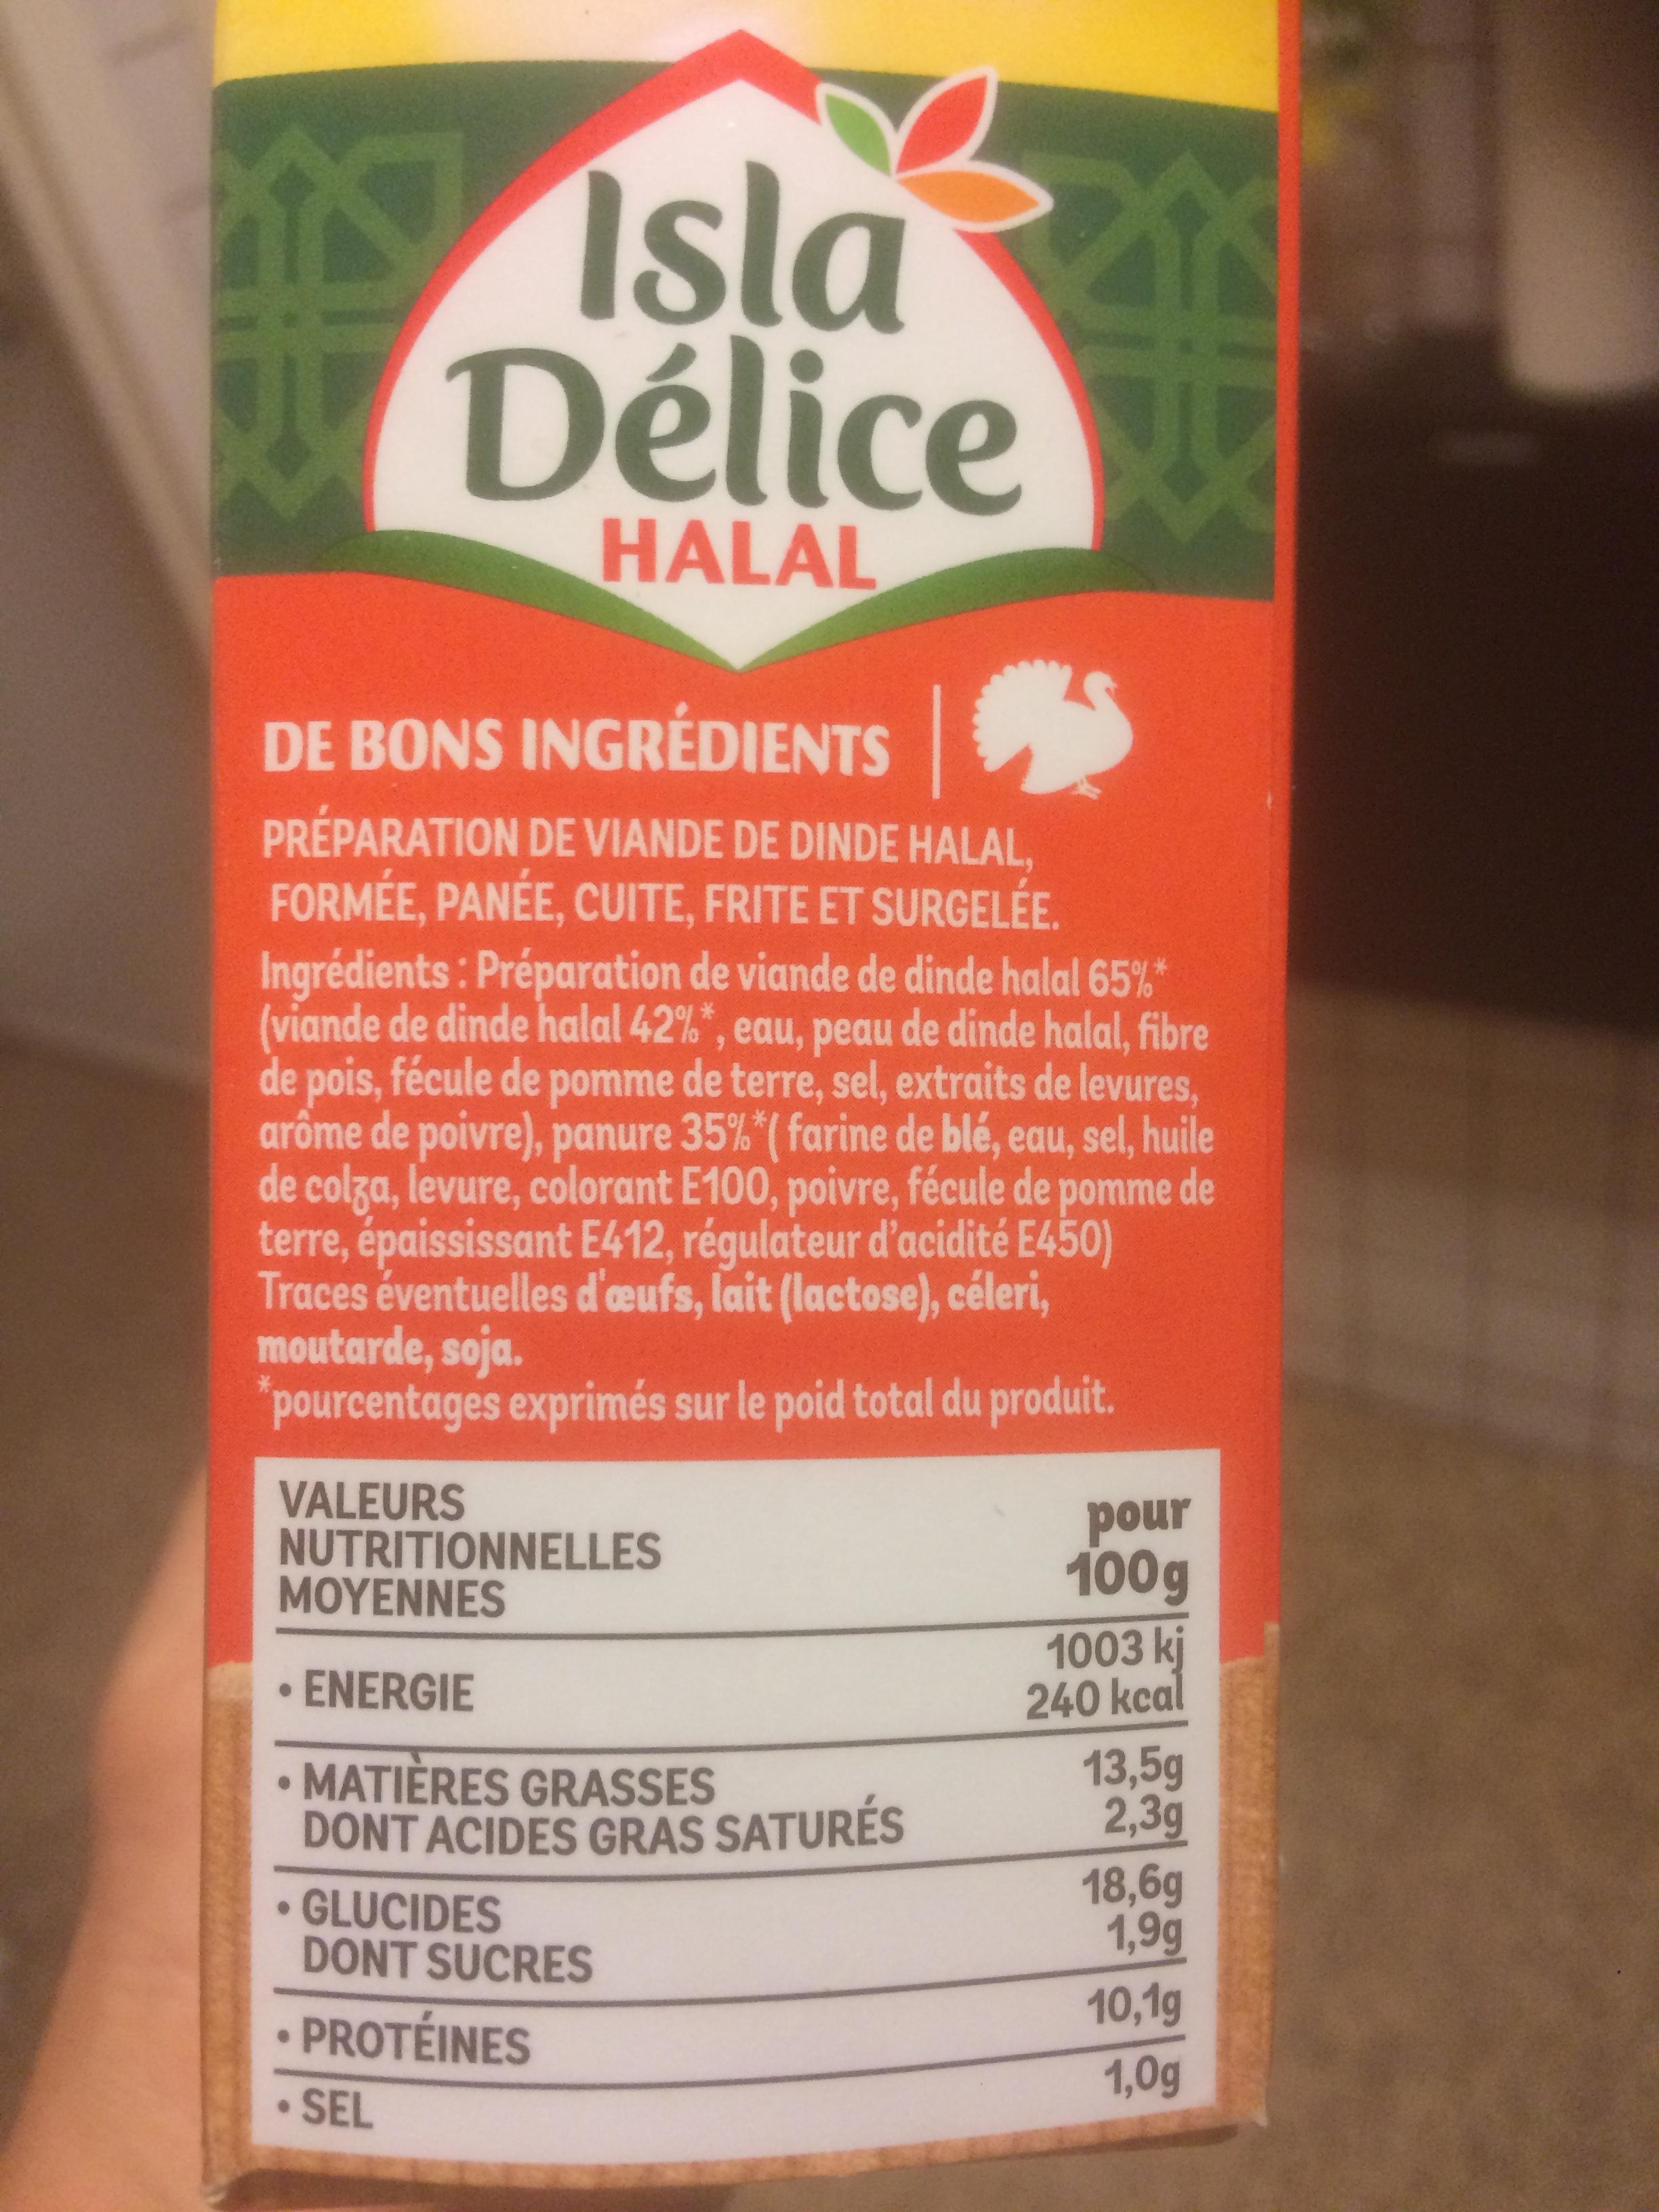
Isla Délice
HALAL
17
DE BONS INGRÉDIENTS
PRÉPARATION DE VIANDE DE DINDE HALAL, FORMÉE, PANÉE, CUITE, FRITE ET SURGELÉE.
Ingrédients : Préparation de viande de dinde halal 65%* (viande de dinde halal 42%*, eau, peau de dinde halal, fibre de pois, fécule de pomme de terre, sel, extraits de levures, arôme de poivre), panure 35% *( farine de blé, eau, sel, huile de colza, levure, colorant E100, poivre, fécule de pomme de terre, épaississant E412, régulateur d'acidité E450) Traces éventuelles d'œufs, lait (lactose), céleri, moutarde, soja.
pourcentages exprimés sur le poid total du produit.
VALEURS
NUTRITIONNELLES MOYENNES
ENERGIE
• MATIÈRES GRASSES DONT ACIDES GRAS SATURÉS
GLUCIDES
DONT SUCRES
• PROTÉINES
SEL
pour
100g
1003 kj
240 kcal
13,5g
2,3g
18,6g
1,9g
10,1g
1,0g